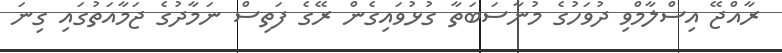
ރާއްޖޭ އިސްލާމްވި ދުވަހުގެ މުނާސަބަތާ ގުޅުވައިގެން ރޭގެ ފަތިސް ނަމާދުގެ ޖަމާއަތުގައި ގިނަ